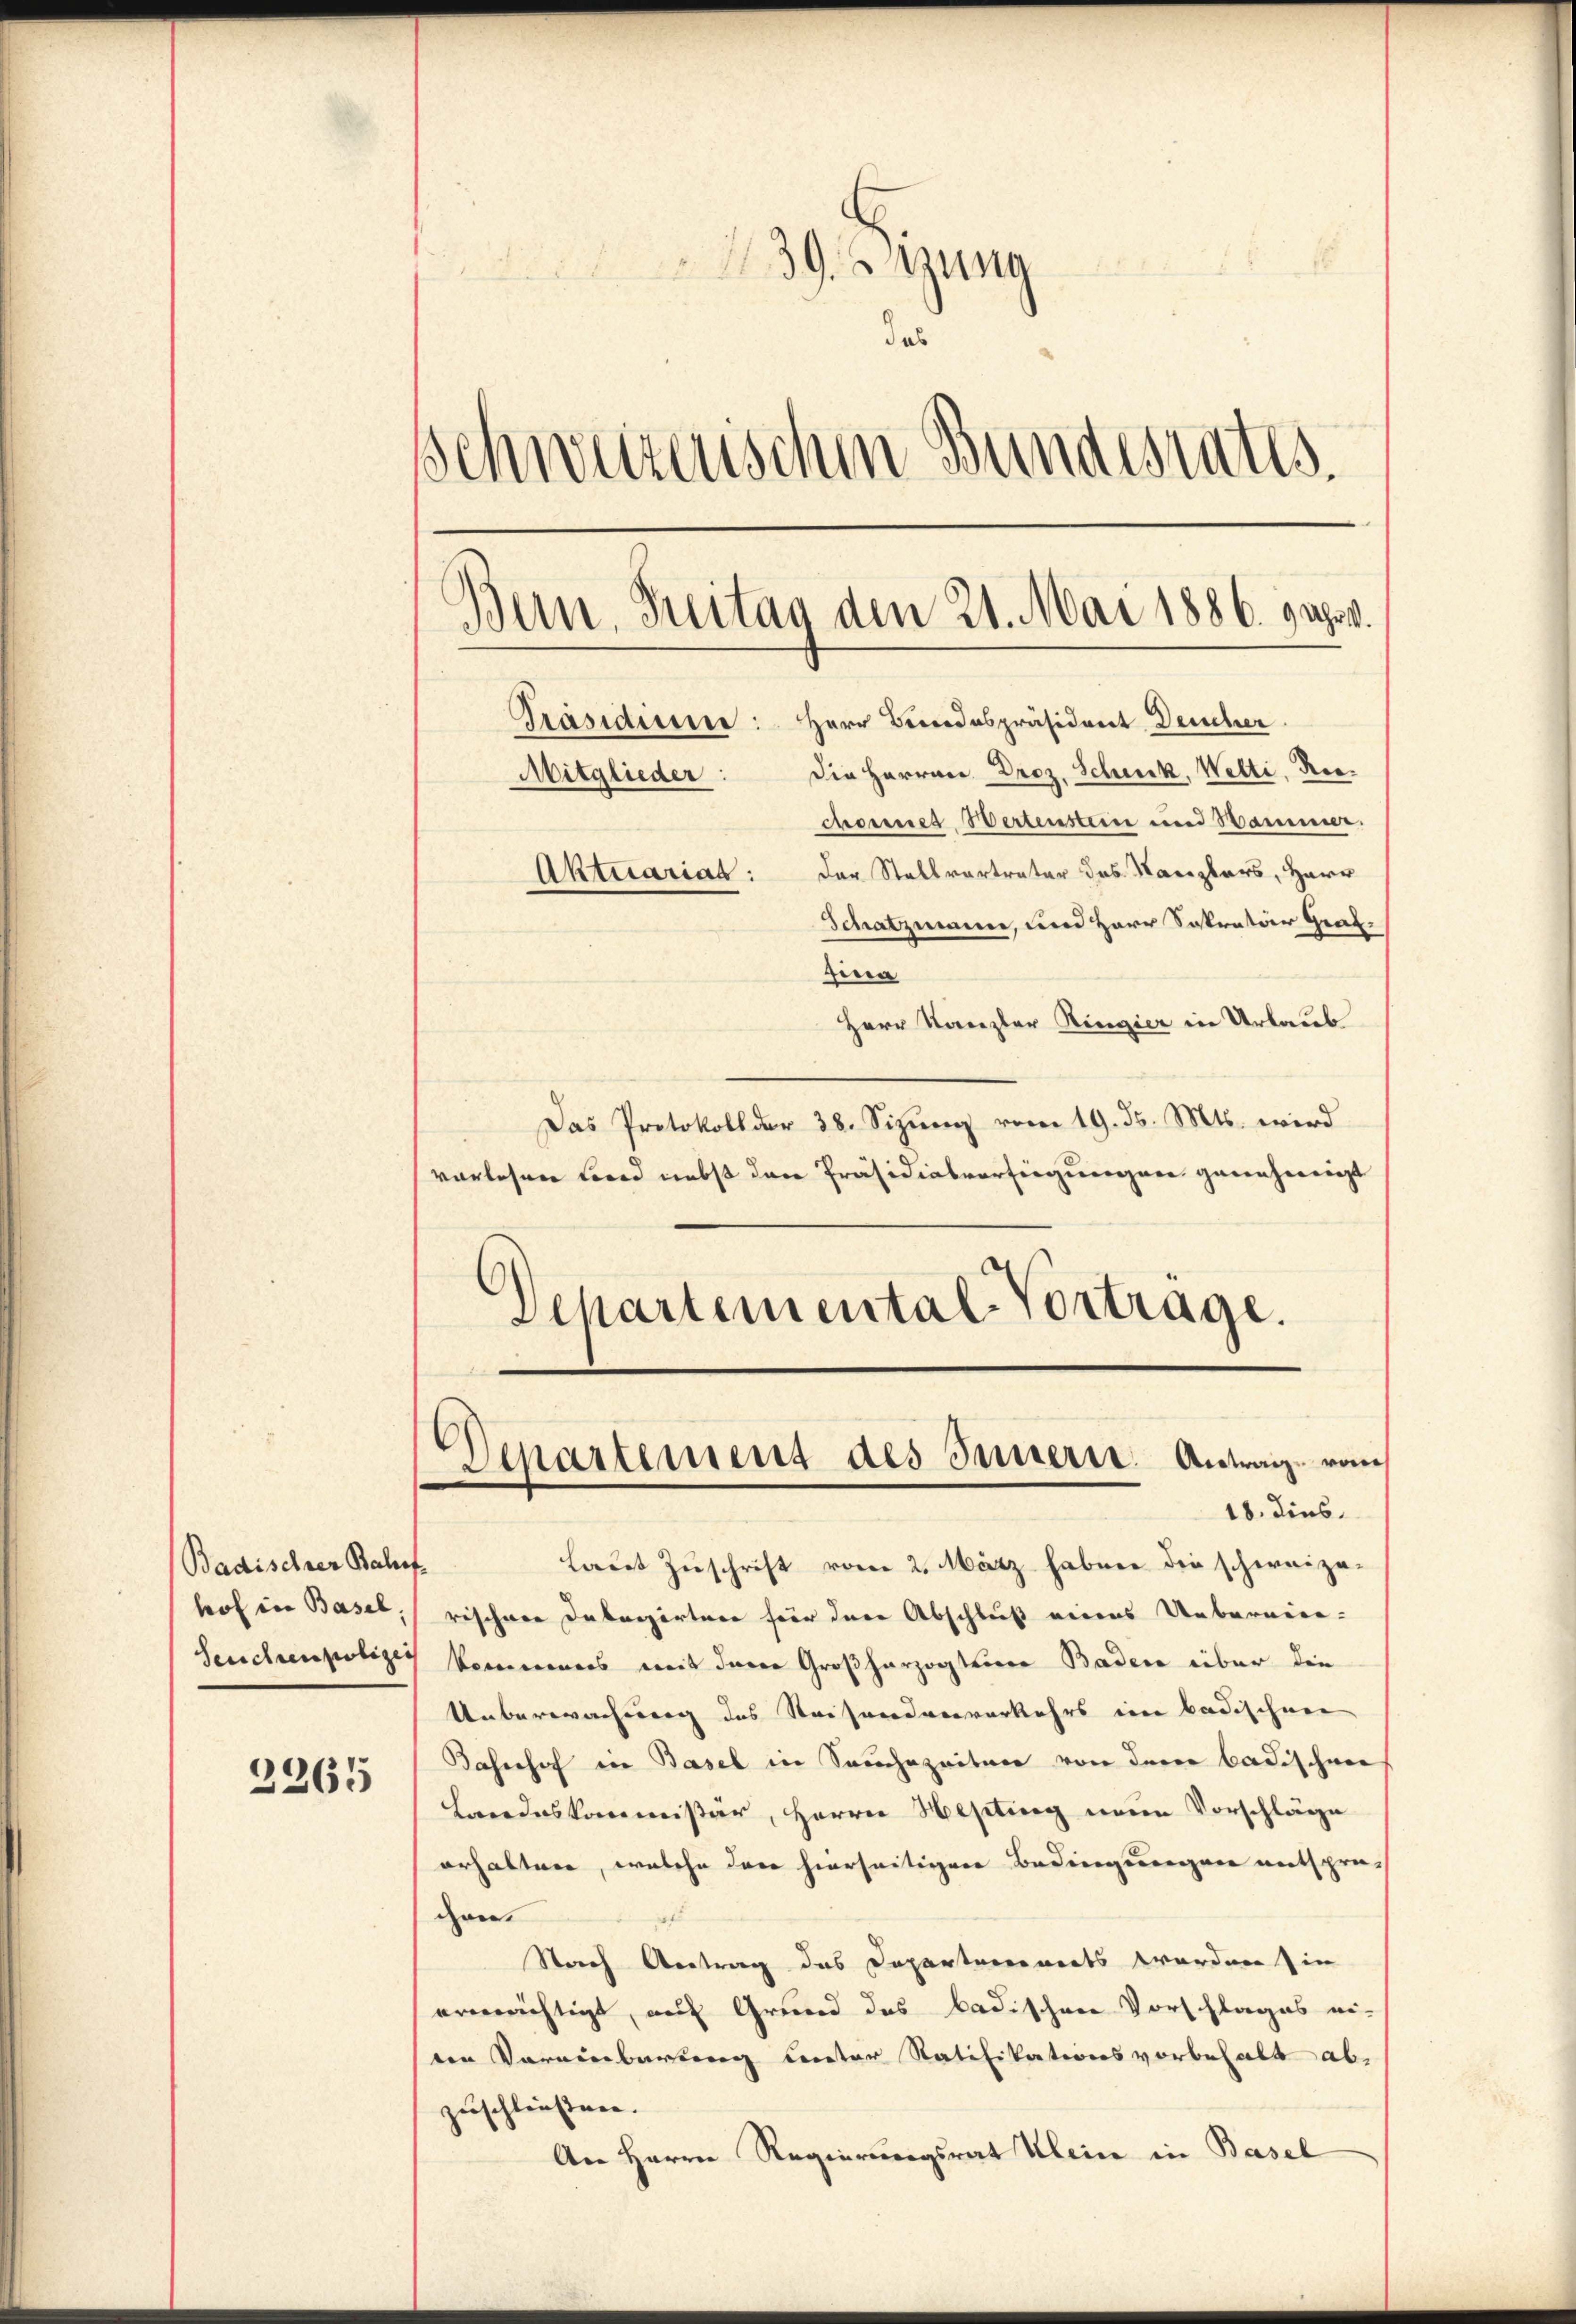
Badischer Bahnf
hof in Basel.

2265

I
139. Bezung
das
schweizerischen Bundesrates.
Bun, Treitag den 21. Mai 1886. 9 Uhr.
Präsidiener: Herr Brodespräsident Deucher
Mitglieder: Die Herren Droz. Scheck, Welti, Riechonnes Wertenstein und Sammen.
Aktuariat: Der Stellvertreter des Kanzlers, Herr
Schatzmann, und Herr Sekretär Graf.
biren

Herr Kanzler Ringier in Urlaub
Das Protokoll der 38. Sizung vom 19. ds. Mts. wird
vorlesen Bord nebst den Präsidialverfügungen genehmigt
Departemental-Vortrage.

Departement des Innern. Antrag vom
18. dies

Laut Zuschrift vom 2. März haben die schernizarischere Debargärtner für dere Abschluß meines Uebernien-
Seuchenpolizey kommens mit derer Großherzogteiere Baden über die
Unberechnung des Reiseordnerverkehrs ein Badischene
Bahnhof in Basel in Seuchzeitner von derer Badischen
Landeskommissär, Herrn Hepting neue Vorschläge
erhaltner, welche der hierseitigen Bedingsregen entspreden.
Stach Antrag das Departareinerts werden sin
ergerichtigt, auf Grund das badischen Vorschlages ei-
den Vereinbarung unter Ratifikationsvorbehalt abzuschließen.
An Herrn Regierungsrat Klein in Basel